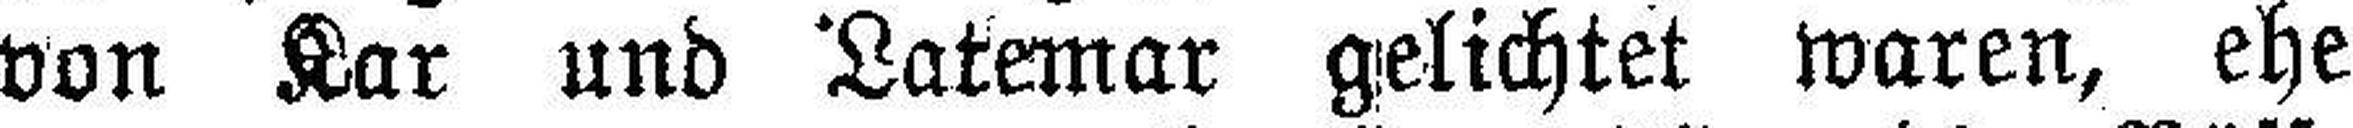
von Kar und Latemar gelichtet waren, ehe